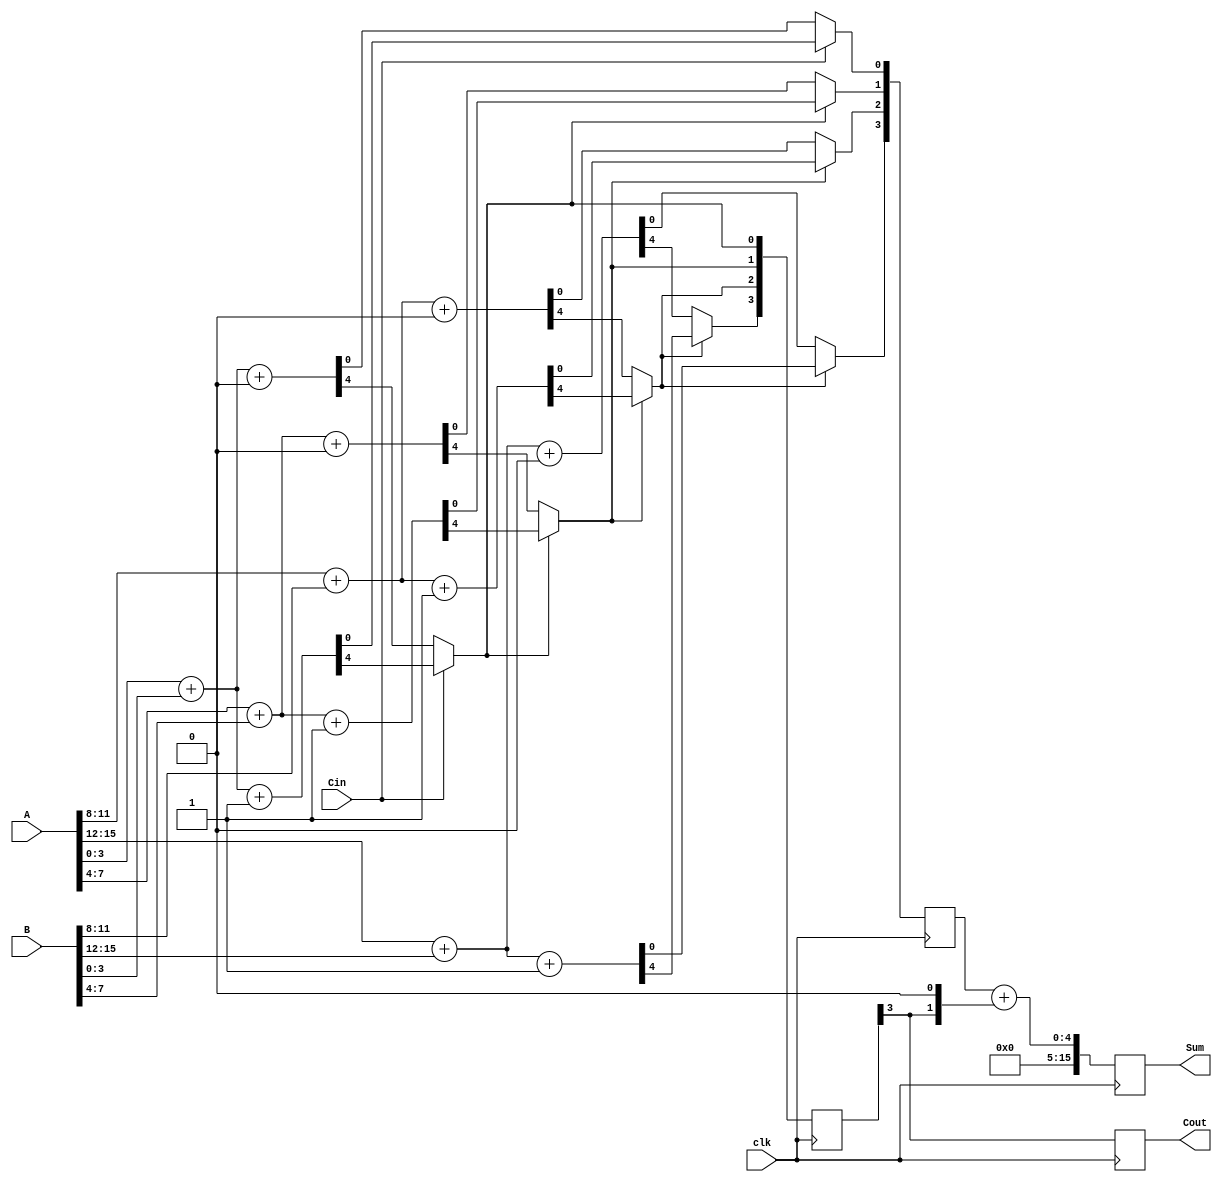
module pipelined_carry_select_adder #(parameter n = 16, parameter k = 4) (
    input [n-1:0] A,        // First input
    input [n-1:0] B,        // Second input
    input Cin,              // Initial carry-in
    input clk,              // Clock signal
    output reg [n-1:0] Sum, // Output sum
    output reg Cout         // Output carry-out
);

    localparam p = n / k; // Number of segments

    // Intermediate signals
    wire [k-1:0] sum0 [0:p-1]; // Sum with carry-in = 0 for each segment
    wire [k-1:0] sum1 [0:p-1]; // Sum with carry-in = 1 for each segment
    wire carry0 [0:p-1];        // Carry-out with carry-in = 0 for each segment
    wire carry1 [0:p-1];        // Carry-out with carry-in = 1 for each segment
    wire [p-1:0] selected_sum;  // Selected sum for each segment
    wire [p-1:0] selected_carry; // Selected carry-out for each segment

    // Generate the segments
    genvar i;
    generate
        for (i = 0; i < p; i = i + 1) begin : segment
            wire [k-1:0] A_segment = A[i*k +: k];
            wire [k-1:0] B_segment = B[i*k +: k];
            wire Cin_segment = (i == 0) ? Cin : selected_carry[i-1];

            // Compute sums and carries for both carry-in conditions
            assign {carry0[i], sum0[i]} = A_segment + B_segment + 1'b0; // Carry-in = 0
            assign {carry1[i], sum1[i]} = A_segment + B_segment + 1'b1; // Carry-in = 1

            // Select the appropriate sum and carry-out based on the carry-in
            assign selected_sum[i] = Cin_segment ? sum1[i] : sum0[i];
            assign selected_carry[i] = Cin_segment ? carry1[i] : carry0[i];
        end
    endgenerate

    // Pipelining registers
    reg [p-1:0] sum_reg [0:1]; // Pipeline registers for sums
    reg [p-1:0] carry_reg [0:1]; // Pipeline registers for carries

    always @(posedge clk) begin
        // Stage 1: Capture the sums and carries
        sum_reg[0] <= selected_sum;
        carry_reg[0] <= selected_carry;

        // Stage 2: Final output computation
        Sum <= {sum_reg[0][p-1], sum_reg[0][p-2:0]} + {carry_reg[0][p-1], 1'b0}; // Final sum
        Cout <= carry_reg[0][p-1]; // Final carry-out
    end

endmodule